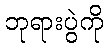
ဘုရားပွဲကို